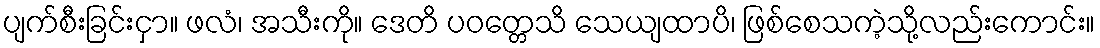
ပျက်စီးခြင်းငှာ။ ဖလံ၊ အသီးကို။ ဒေတိ ပဝတ္တေသိ သေယျထာပိ၊ ဖြစ်စေသကဲ့သို့လည်းကောင်း။